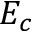
E _ { c }